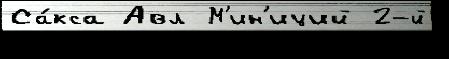
Са́кса Авл М'ин'иций 2-й